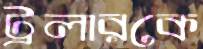
ট্রলারকে